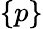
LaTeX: \{ p\}